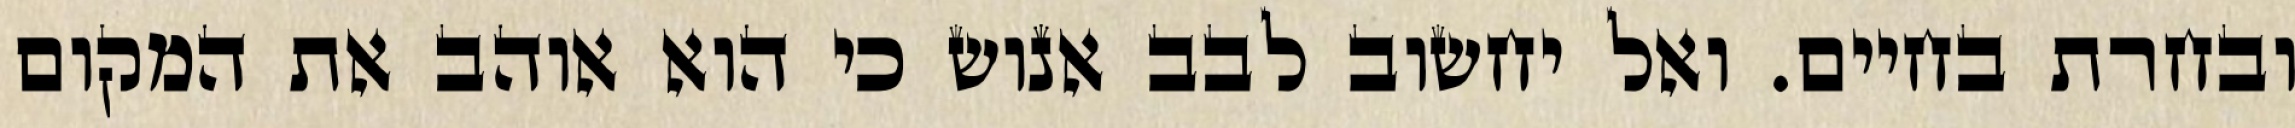
ובחרת בחיים. ואל יחשוב לבב אנוש כי הוא אוהב את המקום